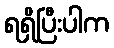
ရရှိပြီးပါက